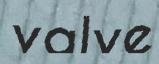
valve